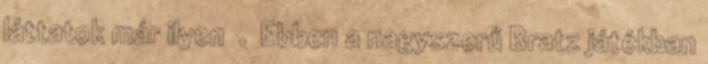
láttatok már ilyen . Ebben a nagyszerű Bratz játékban